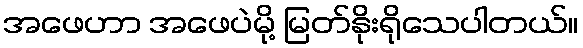
အဖေဟာ အဖေပဲမို့ မြတ်နိုးရိုသေပါတယ်။